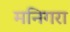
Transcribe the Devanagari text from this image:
मनिगरा